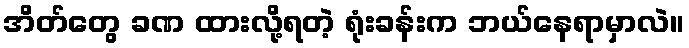
အိတ်တွေ ခဏ ထားလို့ရတဲ့ ရုံးခန်းက ဘယ်နေရာမှာလဲ။